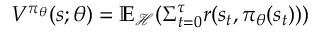
V ^ { \pi _ { \theta } } ( s ; \theta ) = \mathbb { E } _ { \mathcal { H } } ( \Sigma _ { t = 0 } ^ { \tau } r ( s _ { t } , \pi _ { \theta } ( s _ { t } ) ) )